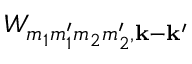
W _ { m _ { 1 } m _ { 1 } ^ { \prime } m _ { 2 } m _ { 2 } ^ { \prime } , \mathbf k - \mathbf { k } ^ { \prime } }